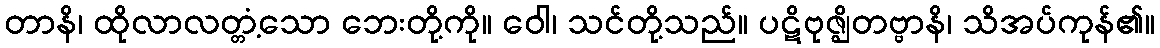
တာနိ၊ ထိုလာလတ္တံ့သော ဘေးတို့ကို။ ဝေါ၊ သင်တို့သည်။ ပဋိဗုဇ္ဈိတဗ္ဗာနိ၊ သိအပ်ကုန်၏။